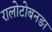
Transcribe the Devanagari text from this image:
रालोटोबनङा